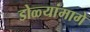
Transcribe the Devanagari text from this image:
डोळ्यांमागे